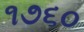
૧૭૬૦